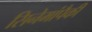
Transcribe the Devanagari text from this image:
सिनेमांपैकी